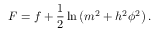
F = f + \frac { 1 } { 2 } \ln \left( m ^ { 2 } + h ^ { 2 } \phi ^ { 2 } \right) .